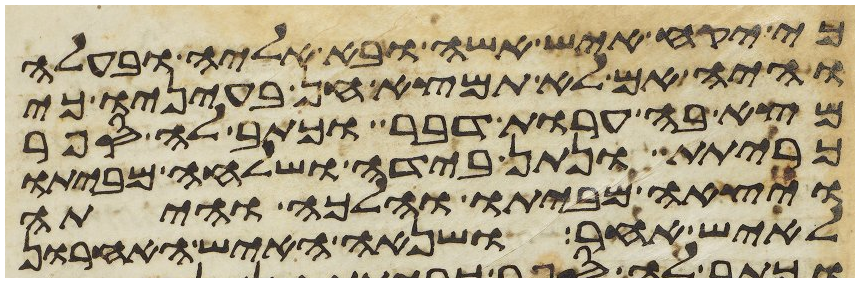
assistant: כי יקח איש אשה ובא אליה ובעלה
והיה אם לא תמצא חן בעיניו כי
מצא בה ערות דבר וכתב לה ספר
כריתת ונתן בידה ושלחה מביתו
ויצאה מביתו והלכה והיתה
לאיש אחר ושנאה האיש האחרון